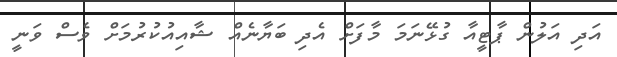
އަދި އަލުން ޕާޓީއާ ގުޅޭނަމަ މާފަށް އެދި ބަޔާނެއް ޝާއިއުކުރުމަށް ވެސް ވަނީ